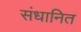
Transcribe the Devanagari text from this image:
संधानित